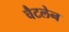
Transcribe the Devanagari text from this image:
चैटलेन